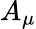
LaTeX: A_{\mu}